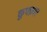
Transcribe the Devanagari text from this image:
कुफ्फ़ार